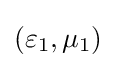
(\varepsilon _{1},\mu _{1})\